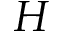
H